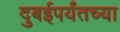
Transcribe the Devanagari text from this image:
दुबईपर्यंतच्या